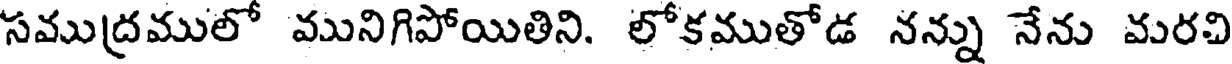
సముద్రములో మునిగిపోయితిని. లోకముతోడ నన్ను నేను మరచి